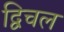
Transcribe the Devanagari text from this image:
द्विचल